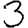
Digit: 3